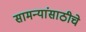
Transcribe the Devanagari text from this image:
सामन्यांसाठीचे